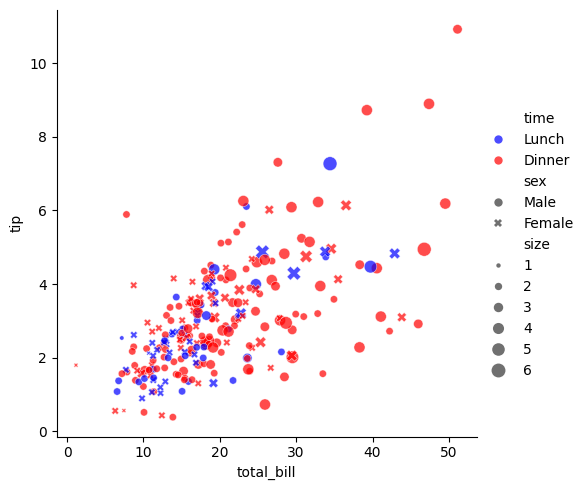
python, seaborn, relplot, alpha=0.7